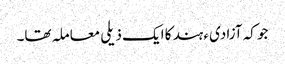
جو کہ آزادیء ہند کا ایک ذیلی معاملہ تھا۔